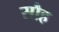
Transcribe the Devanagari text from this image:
सौह